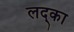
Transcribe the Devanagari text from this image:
लद्का